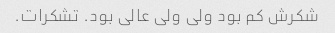
شکرش کم بود ولی ولی عالی بود. تشکرات.